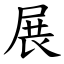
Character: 展